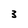
Character: 3